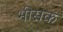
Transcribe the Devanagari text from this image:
भीसक